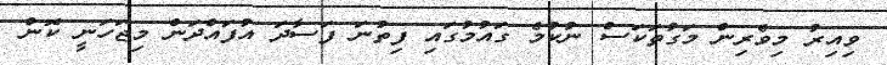
ވިއިރު މިވެރިން މަގުތަކަސް ނުކުމެ ގައުމުގައި ފިތުނަ ފަސާދަ އުފައްދަން މިޖަހަނީ ކޮން